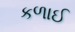
કળાઈ